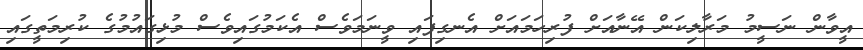
އީވާން ނަސީމު މަރާލިކަން އޭނާއަށް ފުރިހަމައަށް އެނގިފައި ވީނަމަވެސް އެކަމުގައިވެސް މުޅިގައުމުގެ ކުރިމަތީގައި